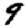
Digit: 9